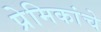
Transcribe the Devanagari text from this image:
प्रेमिकांचे